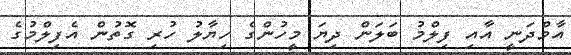
އާމްދަނީ އާއި ފިލްމު ބަލަން ދިޔަ މީހުންގެ ހިޔާލު ހުރި ގޮތުން އެފިލްމުގެ